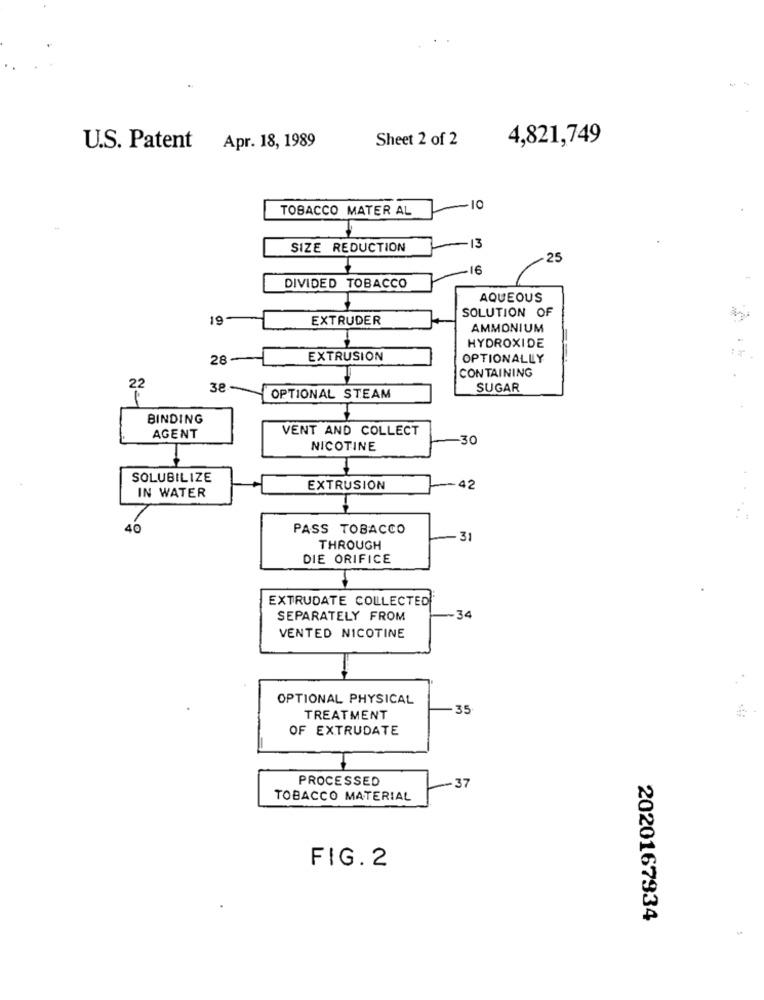
Sheet 2 of 2
4,821,749
U.S. Patent
Apr. 18, 1989
TOBACCO MATER AL
-
O
SIZE REDUCTION
13
25
16
DIVIDED TOBACCO
AQUEOUS
SOLUTION OF
19
EXTRUDER
AMMONIUM
HYDROXIDE
28
EXTRUSION
OPTIONALLY
CONTAINING
22
38-
SUGAR
OPTIONAL STEAM
BINDING
VENT AND COLLECT
AGENT
30
NICOTINE
SOLUBILIZE
EXTRUSION
42
IN WATER
40
PASS TOBACCO
31
THROUGH
DIE ORIFICE
EXTRUDATE COLLECTED
SEPARATELY FROM
34
VENTED NICOTINE
OPTIONAL PHYSICAL
35
TREATMENT
OF EXTRUDATE
PROCESSED
-37
TOBACCO MATERIAL
FIG.2
2020167934